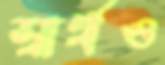
স্বার্থও